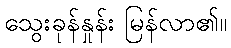
သွေးခုန်နှုန်း မြန်လာ၏။